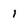
Character: i